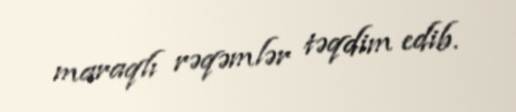
maraqlı rəqəmlər təqdim edib.